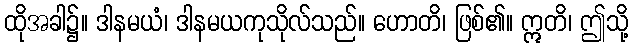
ထိုအခါ၌။ ဒါနမယံ၊ ဒါနမယကုသိုလ်သည်။ ဟောတိ၊ ဖြစ်၏။ ဣတိ၊ ဤသို့